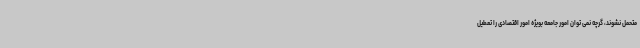
متحمل نشوند، گرچه نمی توان امور جامعه بویژه امور اقتصادی را تعطیل